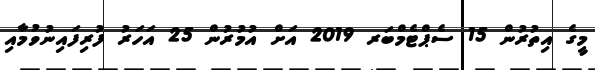
މީގެ އިތުރުން 15 ސެޕްޓެމްބަރ 2019 އަށް އުމުރުން 25 އަހަރު ފުރިފައިނުވުމާއި